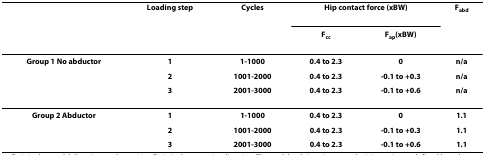
<table><thead><tr><td></td><td><b>Loading step</b></td><td><b>Cycles</b></td><td colspan="2"><b>Hip contact force (xBW)</b></td><td><b>F<sub>abd</sub></b></td></tr><tr><td></td><td></td><td></td><td><b>F<sub>cc</sub></b></td><td><b>F<sub>ap</sub>(xBW)</b></td><td></td></tr></thead><tbody><tr><td><b>Group 1 No abductor</b></td><td><b>1</b></td><td><b>1-1000</b></td><td><b>0.4 to 2.3</b></td><td><b>0</b></td><td><b>n/a</b></td></tr><tr><td></td><td><b>2</b></td><td><b>1001-2000</b></td><td><b>0.4 to 2.3</b></td><td><b>-0.1 to +0.3</b></td><td><b>n/a</b></td></tr><tr><td></td><td><b>3</b></td><td><b>2001-3000</b></td><td><b>0.4 to 2.3</b></td><td><b>-0.1 to +0.6</b></td><td><b>n/a</b></td></tr><tr><td><b>Group 2 Abductor</b></td><td><b>1</b></td><td><b>1-1000</b></td><td><b>0.4 to 2.3</b></td><td><b>0</b></td><td><b>1.1</b></td></tr><tr><td></td><td><b>2</b></td><td><b>1001-2000</b></td><td><b>0.4 to 2.3</b></td><td><b>-0.1 to +0.3</b></td><td><b>1.1</b></td></tr><tr><td></td><td><b>3</b></td><td><b>2001-3000</b></td><td><b>0.4 to 2.3</b></td><td><b>-0.1 to +0.6</b></td><td><b>1.1</b></td></tr></tbody></table>